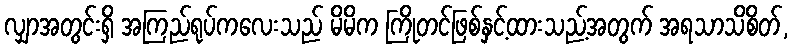
လျှာအတွင်းရှိ အကြည်ရုပ်ကလေးသည် မိမိက ကြိုတင်ဖြစ်နှင့်ထားသည့်အတွက် အရသာသိစိတ်,